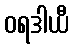
ဝရဒါယီ